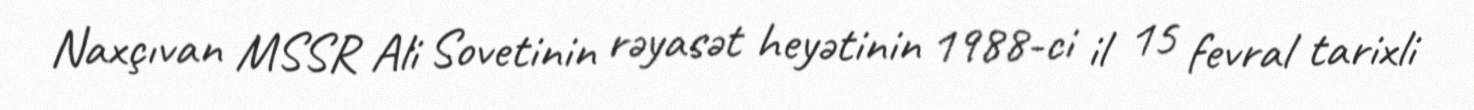
Naxçıvan MSSR Ali Sovetinin rəyasət heyətinin 1988-ci il 15 fevral tarixli